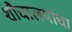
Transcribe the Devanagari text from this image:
शौचालयांचा